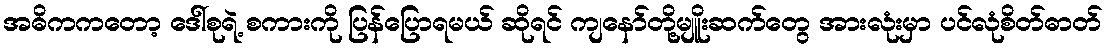
အဓိကကတော့ ဒေါ်စုရဲ့ စကားကို ပြန်ပြောရမယ် ဆိုရင် ကျနော်တို့မျိူးဆက်တွေ အားလုံးမှာ ပင်လုံစိတ်ဓာတ်